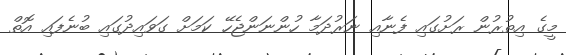
މީގެ އިތުރުން ރަށުގައި ފެނާއި ނަރުދަމާ ހުންނަންޖެހޭ ކަމަށް ގަވައިދުގައި ބުނެފައި އޮތް